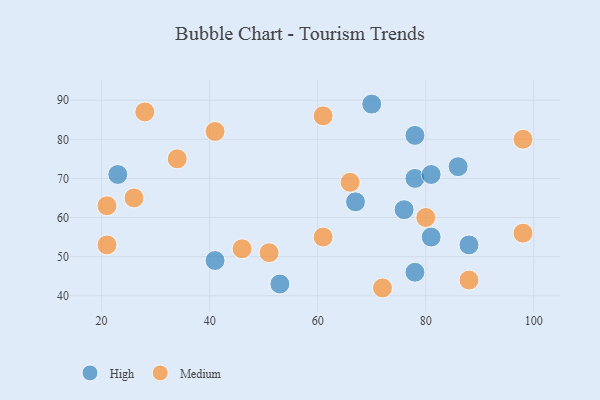
{"axis": {"x": "GDP", "y": "Life Expectancy"}, "legend": ["High", "Medium"], "data": [{"x": "78", "y": 46, "type": "High"}, {"x": "78", "y": 81, "type": "High"}, {"x": "41", "y": 49, "type": "High"}, {"x": "76", "y": 62, "type": "High"}, {"x": "88", "y": 53, "type": "High"}, {"x": "81", "y": 55, "type": "High"}, {"x": "70", "y": 89, "type": "High"}, {"x": "86", "y": 73, "type": "High"}, {"x": "23", "y": 71, "type": "High"}, {"x": "78", "y": 70, "type": "High"}, {"x": "53", "y": 43, "type": "High"}, {"x": "67", "y": 64, "type": "High"}, {"x": "81", "y": 71, "type": "High"}, {"x": "80", "y": 60, "type": "Medium"}, {"x": "46", "y": 52, "type": "Medium"}, {"x": "61", "y": 86, "type": "Medium"}, {"x": "66", "y": 69, "type": "Medium"}, {"x": "28", "y": 87, "type": "Medium"}, {"x": "34", "y": 75, "type": "Medium"}, {"x": "98", "y": 80, "type": "Medium"}, {"x": "98", "y": 56, "type": "Medium"}, {"x": "21", "y": 63, "type": "Medium"}, {"x": "26", "y": 65, "type": "Medium"}, {"x": "88", "y": 44, "type": "Medium"}, {"x": "51", "y": 51, "type": "Medium"}, {"x": "61", "y": 55, "type": "Medium"}, {"x": "72", "y": 42, "type": "Medium"}, {"x": "21", "y": 53, "type": "Medium"}, {"x": "41", "y": 82, "type": "Medium"}]}